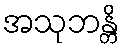
အသုဘန္တိ